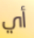
أي